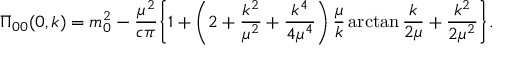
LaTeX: \Pi _ { 0 0 } ( 0 , k ) = m _ { 0 } ^ { 2 } - \frac { \mu ^ { 2 } } { c \pi } \biggl \{ 1 + \left( 2 + \frac { k ^ { 2 } } { \mu ^ { 2 } } + \frac { k ^ { 4 } } { 4 \mu ^ { 4 } } \right) \frac \mu { k } \arctan \frac { k } { 2 \mu } + \frac { k ^ { 2 } } { 2 \mu ^ { 2 } } \biggr \} .